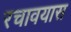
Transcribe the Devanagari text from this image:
रचावयास